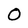
Character: 0